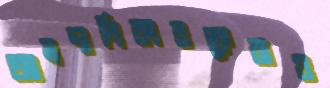
আমদানিকারকেরাও